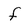
Character: f